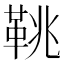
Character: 鞉